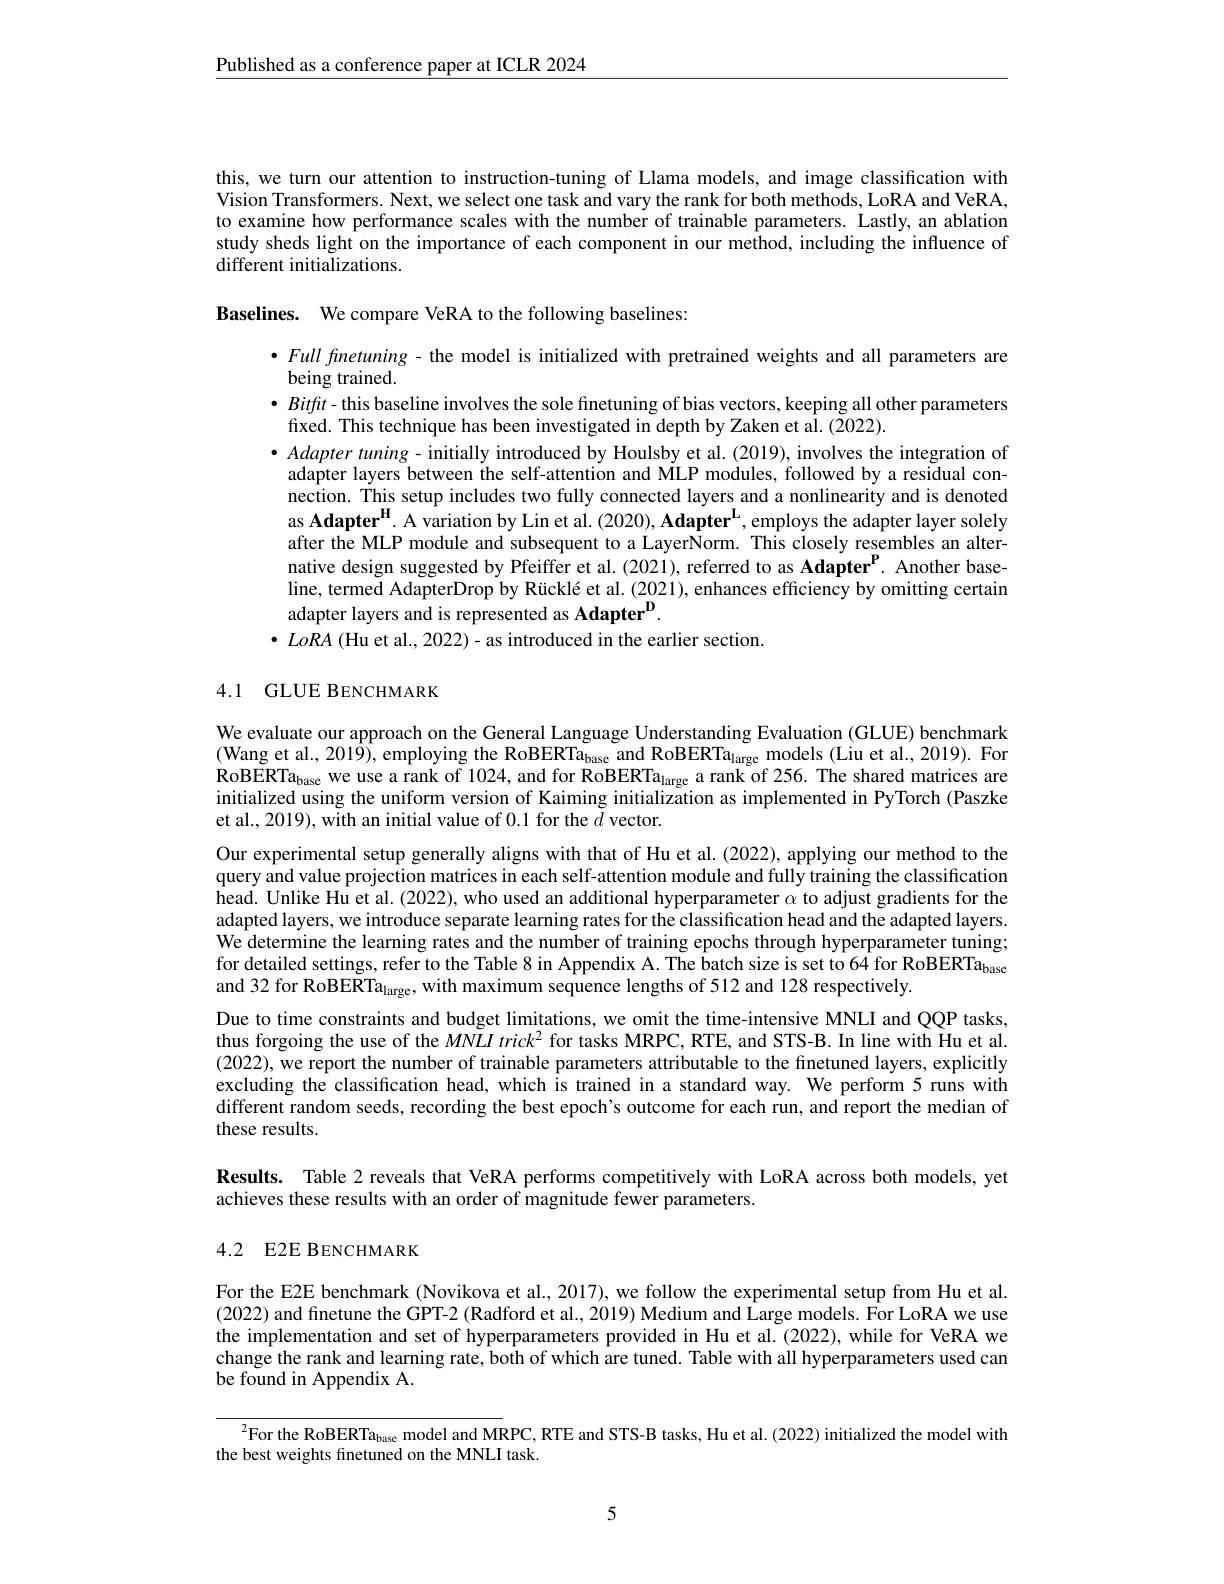
$\underline{\text{Published as a conference paper at ICLR 2024}}$

this, we turn our attention to instruction-tuning of Llama models, and image classification with Vision Transformers. Next, we select one task and vary the rank for both methods, LoRA and VeRA, to examine how performance scales with the number of trainable parameters. Lastly, an ablation study sheds light on the importance of each component in our method, including the influence of different initializations.

Baselines. We compare VeRA to the following baselines:

$\bullet$ Full finetuning- the model is initialized with pretrained weights and all parameters are
being trained.
$\bullet Bitfit$ - this baseline involves the sole finetuning of bias vectors, keeping all other parameters
fixed. This technique has been investigated in depth by Zaken et al. (2022).
$\bullet$ Adapter tuning- initially introduced by Houlsby et al. (2019), involves the integration of adapter layers between the self-attention and MLP modules, followed by a residual connection. This setup includes two fully connected layers and a nonlinearity and is denoted as Adapter$^\mathrm{H}$. A variation by Lin et al. (2020), Adapter$^\mathrm{L}$, employs the adapter layer solely after the MLP module and subsequent to a LayerNorm. This closely resembles an alternative design suggested by Pfeiffer et al.(2021), referred to as Adapter$^{\mathrm{p}}.$ Another baseline, termed AdapterDrop by Rücklé et al. (2021), enhances efficiency by omitting certain adapter layers and is represented as Adapter$^{\mathrm{p}}$
$\bullet$ LoRA (Hu et al., 2022)- as introduced in the earlier section.

# 4.1 GLUE BENCHMARK

We evaluate our approach on the General Language Understanding Evaluation (GLUE) benchmark (Wang et al., 201$\hat{9})$, employing the RoBERTa$_\text{base and RoBERTa}_\text{large }{\mathrm{models~(Liu~et~al.,~2019).~For}}$ $\tilde{\text{RoBERTa}}_{\mathrm{base~we~use~a~rank~of~1024,~and~for~RoBERTa}}_{\mathrm{large~a~rank~of~256.~The~shared~matrices~are}}$ initialized using the uniform version of Kaiming initialization as implemented in PyTorch (Paszke et al., 2019), with an initial value of 0.1 for the $\tilde{d}$ vector.

Our experimental setup generally aligns with that of Hu et al. (2022), applying our method to the query and value projection matrices in each self-attention module and fully training the classification head. Unlike Hu et al. (2022), who used an additional hyperparameter $\alpha$ to adjust gradients for the adapted layers, we introduce separate learning rates for the classification head and the adapted layers. We determine the learning rates and the number of training epochs through hyperparameter tuning; for detailed settings, refer to the Table 8 in Appendix A. The batch size is set to 64 for RoBERTabase and 32 for RoBERTa$_\text{large}$, with maximum sequence lengths of 512 and 128 respectively.
Due to time constraints and budget limitations, we omit the time-intensive MNLI and QQP tasks, thus forgoing the use of the $MNLI\textit{trick}^2$ for tasks MRPC, RTE, and STS-B. In line with Hu et al. (2022), we report the number of trainable parameters attributable to the finetuned layers, explicitly excluding the classification head, which is trained in a standard way. We perform 5 runs with different random seeds, recording the best epoch's outcome for each run, and report the median of these results.

Results. Table 2 reveals that VeRA performs competitively with LoRA across both models, yet
achieves these results with an order of magnitude fewer parameters.

# 4.2 E2E BENCHMARK

For the E2E benchmark (Novikova et al., 2017), we follow the experimental setup from Hu et al. (2022) and finetune the GPT-2 (Radford et al., 2019) Medium and Large models. For LoRA we use the implementation and set of hyperparameters provided in Hu et al.(2022), while for VeRA we change the rank and learning rate, both of which are tuned. Table with all hyperparameters used can be found in Appendix A.

$^{2}$For the RoBERTa$_\text{base model and MRPC, RTE and STS-B tasks, Hu et al. (2022) initialized the model with}$
the best weights finetuned on the MNLI task.

5